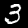
Label: 3